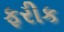
ફરીક